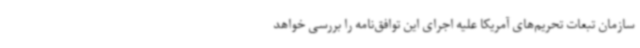
سازمان تبعات تحریم‌های آمریکا علیه اجرای این توافق‌نامه را بررسی خواهد